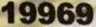
19969